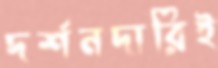
দর্শনদারিই